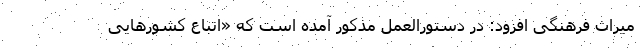
میراث فرهنگی افزود: در دستورالعمل مذکور آمده است که «اتباع کشورهایی